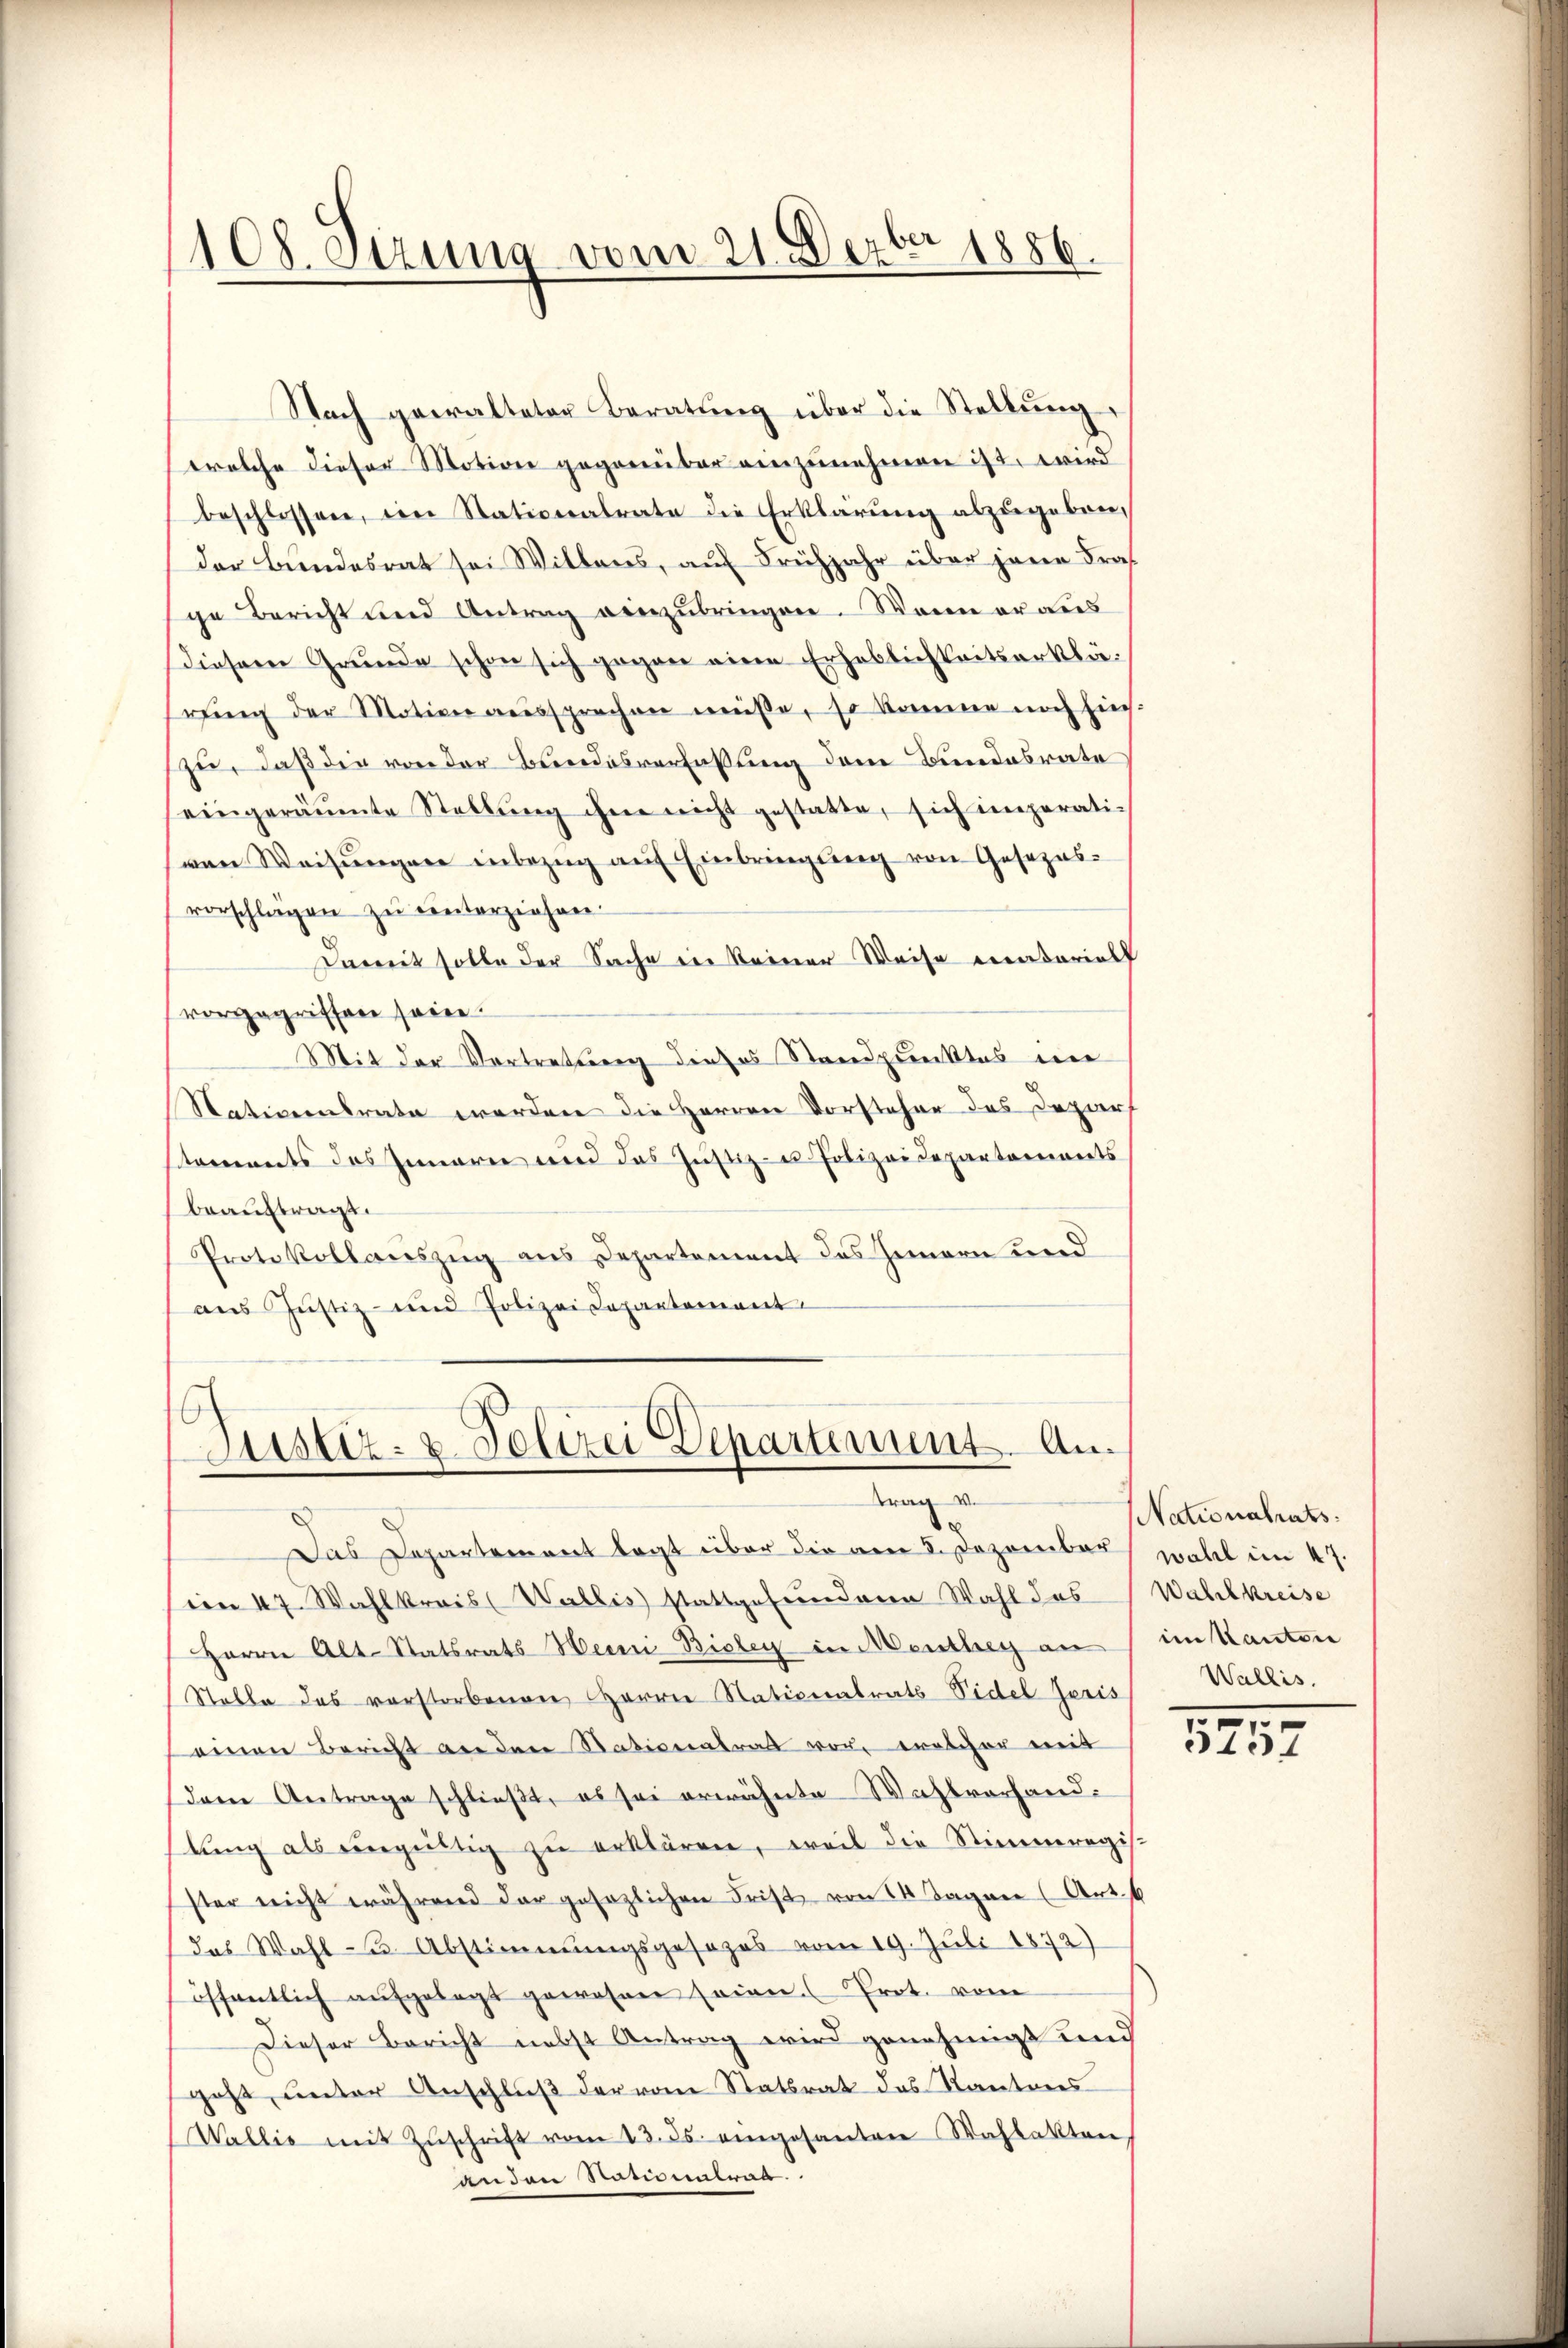
108. Sizung vom 21. Dezbr 1886.

Nach gewalteter Beratŭng über die Stellŭng
welche dieser Motion gegenüber einzunehmen ist, wird
beschlossen, ein Stationalrate die Erklärung abzugebender Bundesrat sei Witters, auf Frühjahr über jene Kraf
ge Bericht und Antrag einzubringen. Wenn er aus
Diesem Grunde schon sich gegen eine Erheblichkeitserklärŭng der Motion aŭssprechen müße, so komme noch hins.
zu, daß die von der Bundesverfassung dem Bundesrate
eingeräumte Stellŭng ihm nicht gestatte, sich imperati-
(von Weisungen inbezug auf Einbringung von Gesezesvorschlägen zu unterziehen.
Dereit solle der Sache in Seiner Weise entariel
vorgegriffen seine
Mit der Vertretung dieses Standpunktes eine
Nationsrate werden die Herren Vorsteher des Depart
staments des Inneren und das Justiz- u. Polizeidepartaments
beauftragt.
Protokollauszug aus Departement des Innern und
aus Justiz- und Polizei Departement

6
Justiz- & Polizei Departement. Antrag v.

Das Departement legt über die am 5. Dezember wohl im 47.
n 47. Wahlkreis (Wallis stattgefunderen Wahl das Wahlkreise
Herrn Alt-Statsrats Heini Bioley in Menthey an im Kanton
Stelle des verstorbenen Herrn Nationalrats Videl zeris
einen Bericht an den Nationalrat vor, welcher mit
dem Antrage schließt, es sei erwähnte Wahlvorhandlŭng als eingültig zŭ erklären, weil die Stimmregis-
ster nicht während der gesezlichen Frist von 14 Tagen (Art. 6
das Wahl- u. Abstimmungsgesezes vom 19. Juli 1872)
öffentlich aŭfgelegt gewesen seien. Prot. vom
Dieser Bericht nebst Antrag wird genehmigt und
geht, unter Anschluß der vom Statsrat des Kantons
Wallis mit Zŭschrift vom 23. ds. eingesanten Wahlakten
anden Randentrag.

NNationalrats.
Wallis.

5
5157